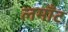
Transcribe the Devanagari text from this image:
लमाँट